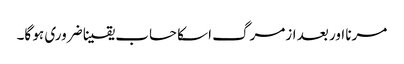
مرنا اور بعد ازمرگ اسکا حساب یقینا ضروری ہو گا۔